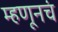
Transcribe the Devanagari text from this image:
म्हणूनचं